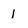
Character: 1